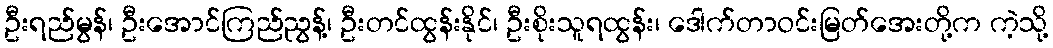
ဦးရည်မွန်၊ ဦးအောင်ကြည်ညွန့်၊ ဦးတင်ထွန်းနိုင်၊ ဦးစိုးသူရထွန်း၊ ဒေါက်တာဝင်းမြတ်အေးတို့က ကဲ့သို့